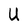
Character: U